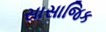
સાસાજિક